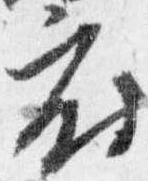
府